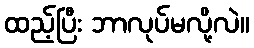
ထည့်ပြီး ဘာလုပ်မလို့လဲ။